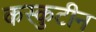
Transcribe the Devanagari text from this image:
कस्कुटीन